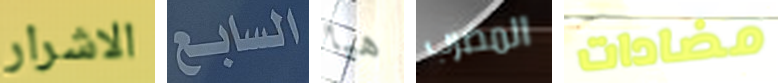
الاشرار السابع هيا المضرب مضادات